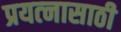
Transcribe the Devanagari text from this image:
प्रयत्‍नासाठी